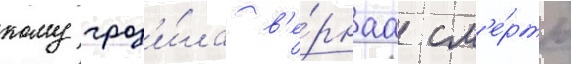
кому гроз'и́ла в'е́рнаа см'е́рть